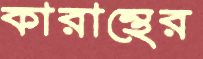
কারান্থের